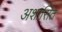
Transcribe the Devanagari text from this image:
अशासित